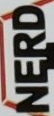
NERD